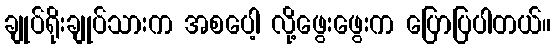
ချုပ်ရိုးချုပ်သားက အစပေါ့ လို့ဖွေးဖွေးက ပြောပြပါတယ်။